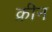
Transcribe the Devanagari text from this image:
क्रीन